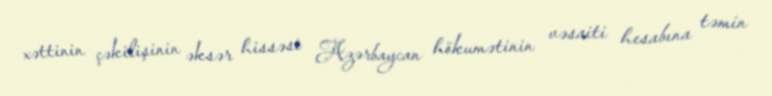
xəttinin çəkilişinin əksər hissəsi Azərbaycan hökumətinin vəsaiti hesabına təmin